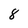
Character: 8